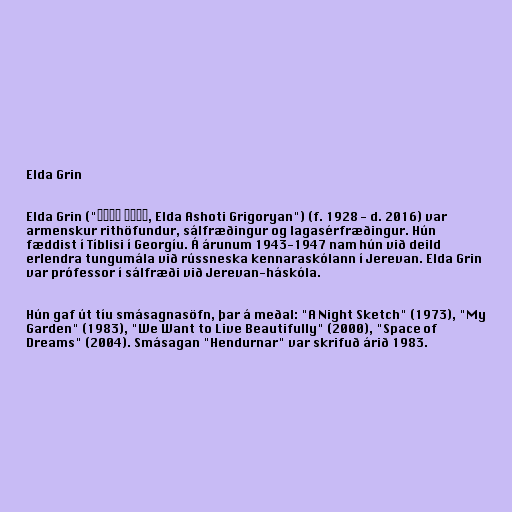
Elda Grin

Elda Grin ("Էլդա Գրին, Elda Ashoti Grigoryan") (f. 1928 - d. 2016) var
armenskur rithöfundur, sálfræðingur og lagasérfræðingur. Hún
fæddist í Tíblisi í Georgíu. Á árunum 1943-1947 nam hún við deild
erlendra tungumála við rússneska kennaraskólann í Jerevan. Elda Grin
var prófessor í sálfræði við Jerevan-háskóla.

Hún gaf út tíu smásagnasöfn, þar á meðal: "A Night Sketch" (1973), "My
Garden" (1983), "We Want to Live Beautifully" (2000), "Space of
Dreams" (2004). Smásagan "Hendurnar" var skrifuð árið 1983.